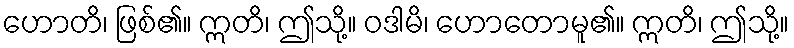
ဟောတိ၊ ဖြစ်၏။ ဣတိ၊ ဤသို့။ ဝဒါမိ၊ ဟောတောမူ၏။ ဣတိ၊ ဤသို့။